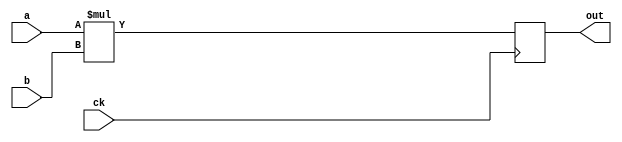

   /*
    *
    */

module multiplier(
    input wire ck,
    input wire [15:0] a,
    input wire [15:0] b,
    output reg [31:0] out
);

    always @(posedge ck) begin
        out <= a * b;
    end

endmodule